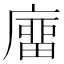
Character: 𢊺